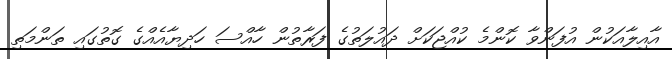
އާއިލާއަކުން އުފަންވާ ކޮންމެ ކުއްޖަކަށް ދައުލަތުގެ ފަރާތުން ހާއްސަ ހަދިޔާއެއްގެ ގޮތުގައި ތަންމަތި